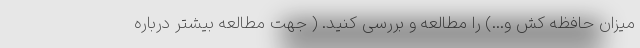
میزان حافظه کش و...) را مطالعه و بررسی کنید. ( جهت مطالعه بیشتر درباره